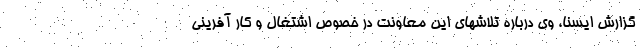
گزارش ایسنا، وی درباره تلاشهای این معاونت در خصوص اشتغال و کار آفرینی